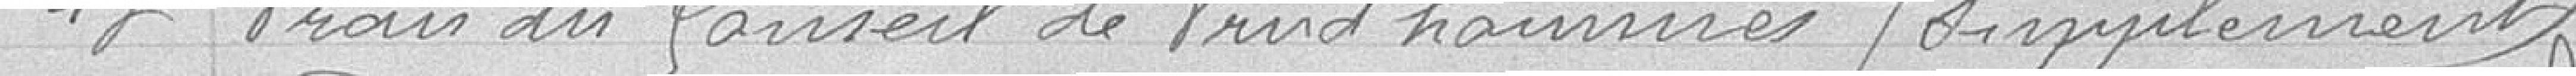
43 Frais du Conseil de Prud'hommes / Supplément /